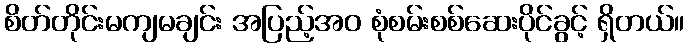
စိတ်တိုင်းမကျမချင်း အပြည့်အဝ စုံစမ်းစစ်ဆေးပိုင်ခွင့် ရှိတယ်။